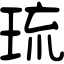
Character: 琉